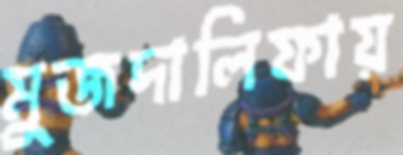
মুজদালিফায়